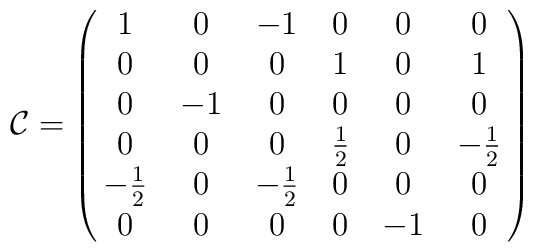
{\cal C}=\left (\matrix{ 1 & 0 & -1 & 0 & 0 & 0 \cr 0 & 0 & 0 & 1& 0 & 1 \cr 0 & -1   & 0 & 0 & 0 & 0 \cr 0 & 0 & 0 & {1\over 2} & 0 & -{1\over 2} \cr  -{1\over 2} & 0 & -{1\over 2} & 0 & 0 & 0 \cr 0 & 0 & 0 & 0 & -1   & 0 \cr  }\right )